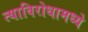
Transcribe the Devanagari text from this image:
त्याविरोधामध्ये